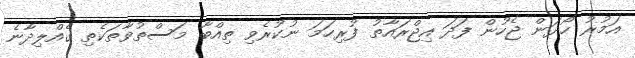
އަމުރު ހޯދަން ޖެހުން ފަދަ އިޖްރައާތު ފުރިހަމަ ނުކުރެވި ތިއްބާ މަސްތުވާތަކެތި ގެއްލިދާނެ